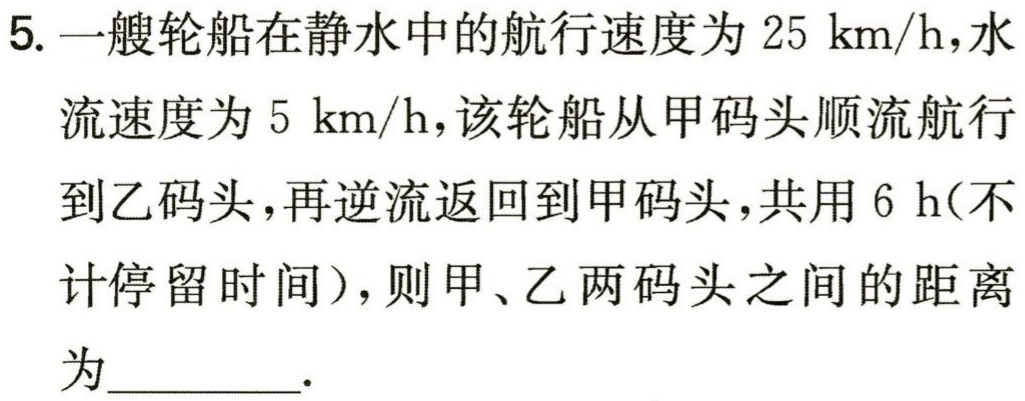
5. 一艘轮船在静水中的航行速度为 \(25\ \text{km/h}\)，水流速度为 \(5\ \text{km/h}\)，该轮船从甲码头顺流航行到乙码头，再逆流返回到甲码头，共用 \(6\ \text{h}\)(不计停留时间)，则甲、乙两码头之间的距离为________.